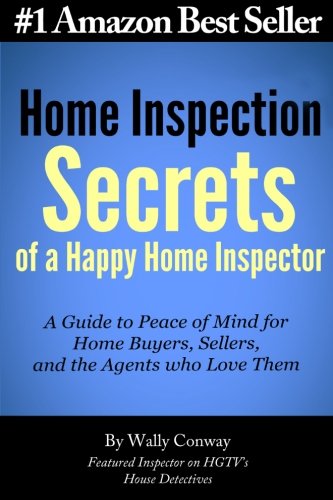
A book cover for Home Inspection Secrets of A Happy Home Inspector: A Guide to Peace of Mind for Home Buyers, Sellers, and the Agents who Love Them!; Wally Conway; Business & Money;